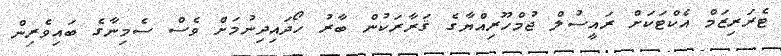
ޓެރަރިޒަމް އެކްޓަކަށް ރައީސުލް ޖުމްހޫރިއްޔާގެ ޤަރާރަކުން ބާރު ހޯދައިދިނުމަށް ވެސް ސެމިނާގެ ބައިވެރިން